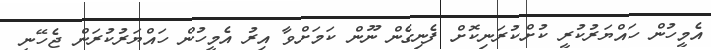
އެމީހުން ހައްޔަރުކުރީ ކުށްކުރަނިކޮށް ފެނިގެން ނޫން ކަމަށްވާ އިރު އެމީހުން ހައްޔަރުކުރަން ޖެހޭނީ